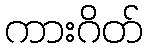
ကားဂိတ်